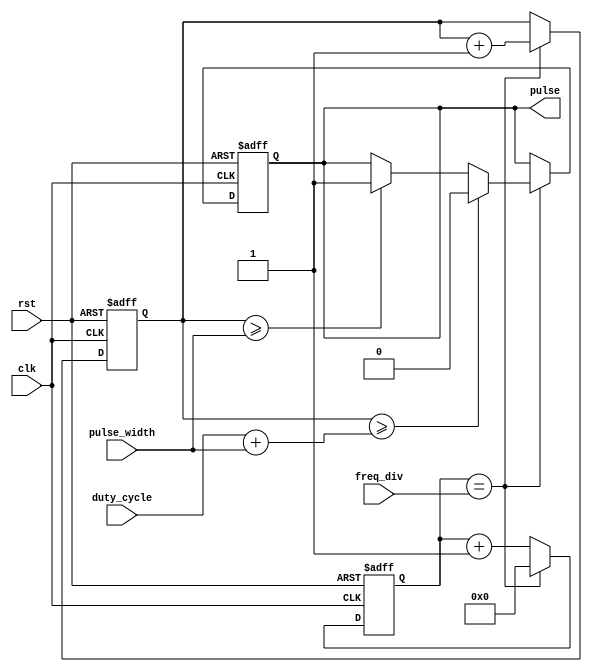
module VariableFreqPulseGenerator(
    input wire clk,
    input wire rst,
    input wire [7:0] freq_div,
    input wire [7:0] pulse_width,
    input wire [7:0] duty_cycle,
    output wire pulse
);

reg [31:0] phase_accumulator;
reg [7:0] count;
reg pulse_reg;

always @(posedge clk or posedge rst) begin
    if (rst) begin
        phase_accumulator <= 32'h00000000;
        count <= 8'h00;
        pulse_reg <= 1'b0;
    end else begin
        count <= count + 1;
        if (count == freq_div) begin
            count <= 8'h00;
            phase_accumulator <= phase_accumulator + 1;
            if (phase_accumulator >= pulse_width) begin
                pulse_reg <= 1'b1;
            end
            if (phase_accumulator >= (duty_cycle + pulse_width)) begin
                pulse_reg <= 1'b0;
            end
        end
    end
end

assign pulse = pulse_reg;

endmodule